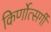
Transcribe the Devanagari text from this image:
किर्णोत्सर्गी